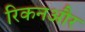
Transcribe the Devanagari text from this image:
रिकनऔर